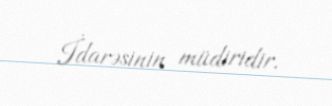
İdarəsinin müdiridir.